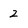
Character: 2